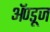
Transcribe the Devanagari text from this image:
ॲण्डूज